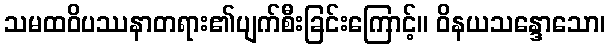
သမထဝိပဿနာတရား၏ပျက်စီးခြင်းကြောင့်။ ဝိနယသန္ဒောသော၊